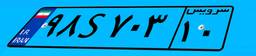
۴۵S۵۶۸۶۸